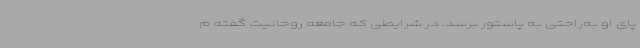
پای او به‌راحتی به پاستور برسد. در شرایطی که جامعه روحانیت گفته م